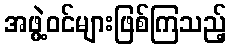
အဖွဲ့ဝင်များဖြစ်ကြသည့်